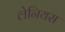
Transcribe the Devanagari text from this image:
लेनियस